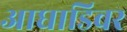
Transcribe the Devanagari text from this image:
आघाडिवर